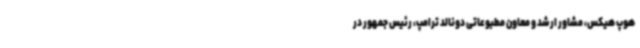
هوپ هیکس، مشاور ارشد و معاون مطبوعاتی دونالد ترامپ، رئیس جمهور در